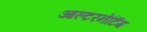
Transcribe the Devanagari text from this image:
आल्टरनेटिंग